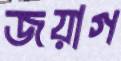
জয়াগ